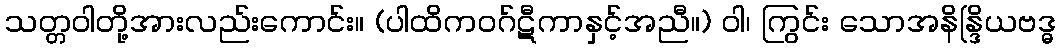
သတ္တဝါတို့အားလည်းကောင်း။ (ပါထိကဝဂ်ဋီကာနှင့်အညီ။) ဝါ၊ ကြွင်း သောအနိန္ဒြိယဗဒ္ဓ